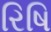
રિષિ